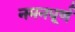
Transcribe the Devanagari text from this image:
नमनधूर्ण